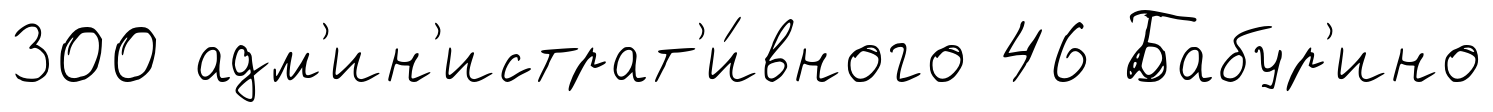
300 адм'ин'истрат'и́вного 46 Бабур'ино